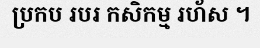
ប្រកប របរ កសិកម្ម រហ័ស ។